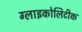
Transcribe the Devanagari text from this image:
ग्लाइकोलिटीक